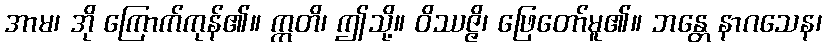
အာမ၊ အို ကြောက်ကုန်၏။ ဣတိ၊ ဤသို့။ ဝိဿဇ္ဇိ၊ ဖြေတော်မူ၏။ ဘန္တေ နာဂသေန၊